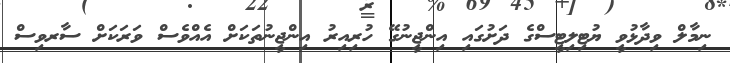
ނިމާލް ވިދާޅުވީ ޔުޓިލިޓީސްގެ ދަށުގައި އިންޖީނުގޭ ހުރިއިރު އިންޖީނުތަކަށް އެއްވެސް ވަރަކަށް ސާރވިސް